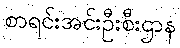
စာရင်းအင်းဦးစီးဌာန